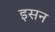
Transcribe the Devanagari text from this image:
इसन